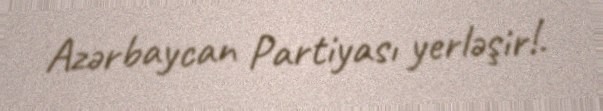
Azərbaycan Partiyası yerləşir!.